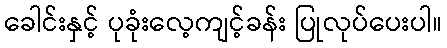
ခေါင်းနှင့် ပုခုံးလေ့ကျင့်ခန်း ပြုလုပ်ပေးပါ။